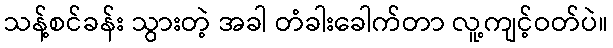
သန့်စင်ခန်း သွားတဲ့ အခါ တံခါးခေါက်တာ လူ့ကျင့်ဝတ်ပဲ။